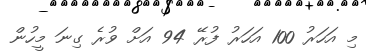
މި އަހަރު 100 އަހަރު ފުރޭ 94 އަށް ވުރެ ގިނަ މީހުން